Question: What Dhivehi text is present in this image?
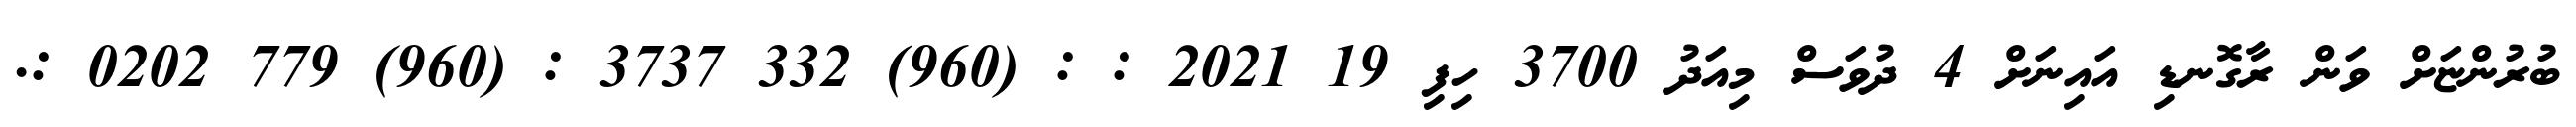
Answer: ބުރުންޏަށް ވަން ރާގޮނޑި އައިނަށް 4 ދުވަސް މިއަދު 3700 ހިފި 19 2021 : : (960) 332 3737 : (960) 779 0202 :.